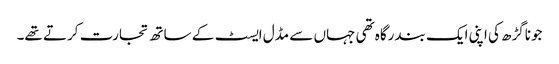
جوناگڑھ کی اپنی ایک بندرگاہ تھی جہاں سے مڈل ایسٹ کے ساتھ تجارت کرتے تھے۔